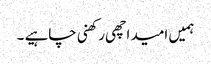
ہمیں امید اچھی رکھنی چاہیے ۔